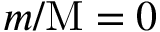
m / \mathrm { M } = 0